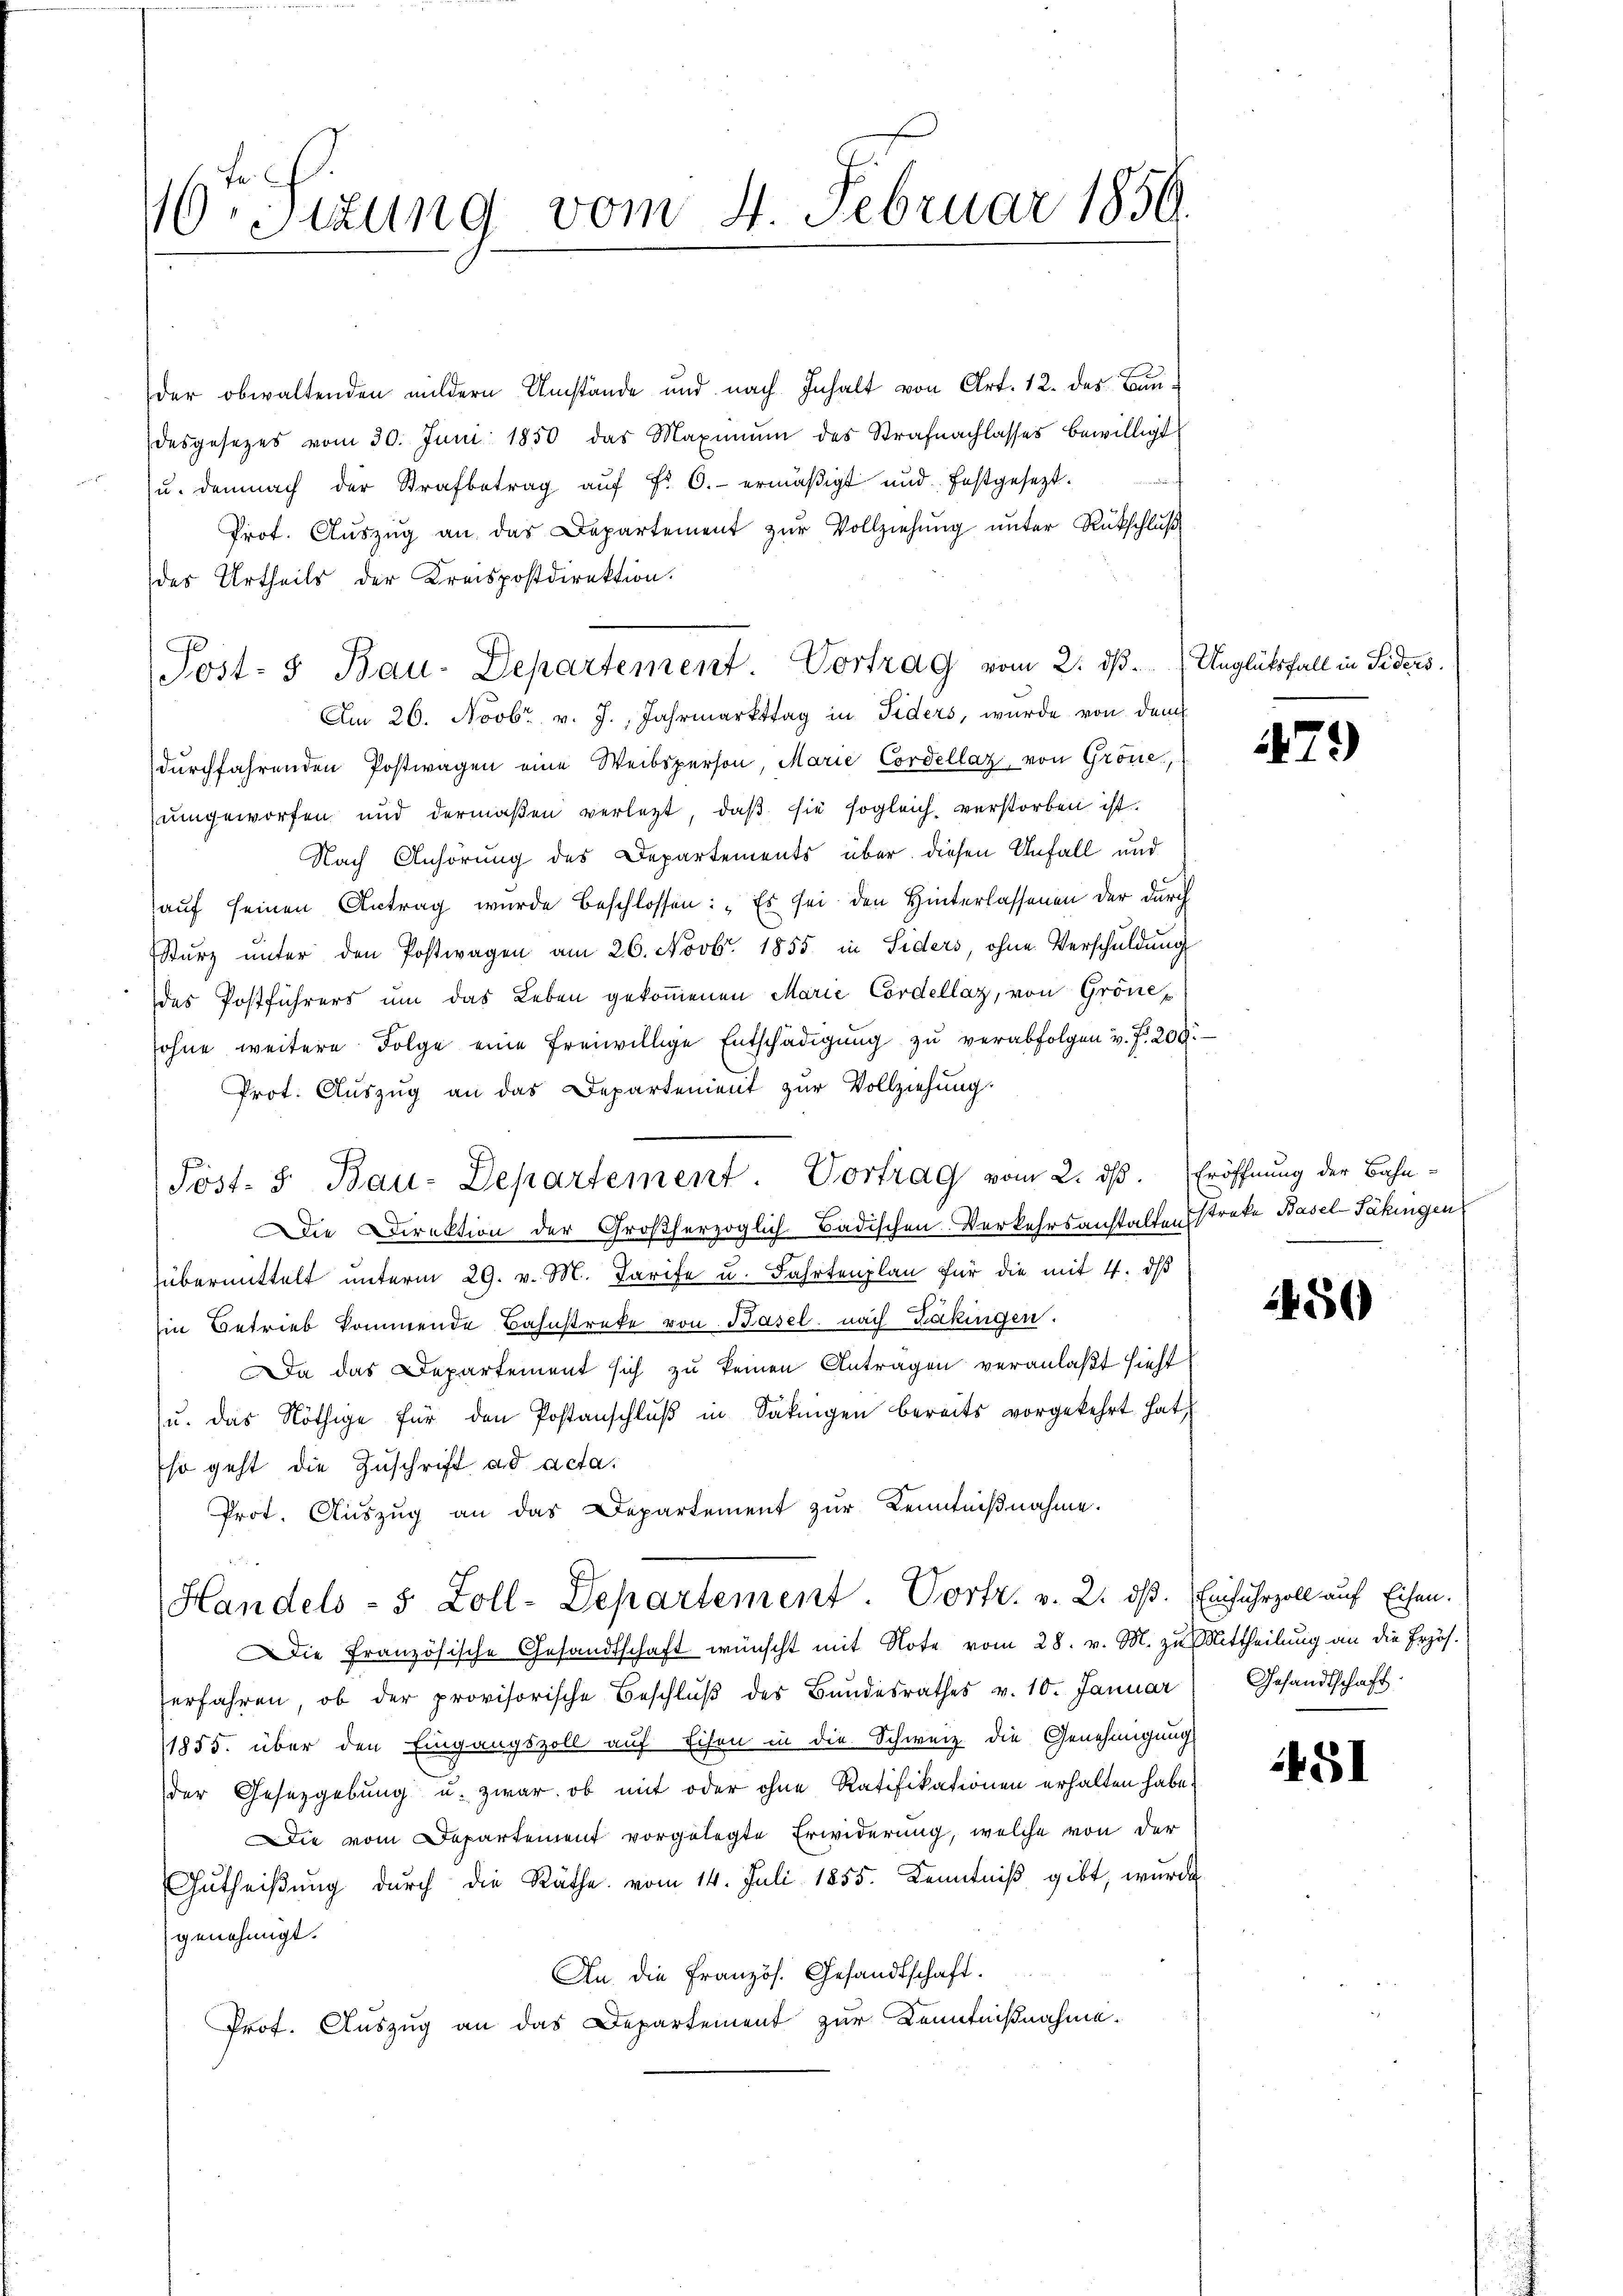
10. Sizung vom 4. Februar 1859.

der obwaltenden mildern Umstände und nach Inhalt von Art. 12. des Baudesgesetzes vom 30. Juni 1850 das Maximŭm des Strafnachlasses bewilligt
u. demnach der Strafbetrag aŭf Fr. 6.- ermäβigt und festgesezt.
Prot. Aŭszŭg an das Departement zŭr Vollziehung unter Rückschluß
des Urtheils der Kreispostdirektion.
Am 26. Novbr. v. J., Jahrmarkttag in Fiders, wurde von dem
durchfahrenden Postwagen eine Weibsperson, Marie Cordellaz von Gröne,
umgeworfen und dermaßen verlegt, daβ sie sogleich verstorben ist.
Nach Anhörung des Departements über diesen Unfall und
auf seinen Antrag wurde beschlossen: „Es sei den Hinterlassenen der durch
Stŭrz ŭnter den Postwagen am 26. Novbr. 1855 in Siders, ohne Verschŭldŭng
des Postführers um das Leben gekommenen Marie Cordellaz, von Gröne p
sohne weitere Folge eine freiwillige Entschädigŭng zŭ verabfolgen v. J. 200.
Prot. Auszug an das Departenient zur Vollziehung.
Die Direktion der Großherzoglich-Badischen Verkehrsanstalten Streke Basel-Säkingen
übermittelt unterm 29. v. M. Tarife u. Fahrtenplan für die mit 4. dβ
Ein Betrieb kommende Bahnstreke von Basel nach Zäkingen.
Da das Departement sich zu keinen Antragen veranlaßt sieht
Zu. das Nöthige für den Postanschlŭβ in Sakrigen bereits vorgekehrt hat,
so geht die Zuschrift ad acta.
Prot. Aŭszŭg an das Departement zŭr Kenntniβnahme.
Handels- 5 Zoll-Departement. Vortr. v. 2. ds. Einfuhrzoll auf Eisen.
Die Französische Gesandtschaft wünscht mit Note vom 28. v. M. zu Mittheilung an die Erzöh-
erfahren, ob der provisorische Beschlŭβ des Bŭndesrathes v. 10. Januar Gesandtschaft
/1855. über den Eingangszoll auf Eisen in die Schweiz die Genehmigung
der Gesetzgebung u. zwar, ob mit oder ohne Ratifikationen erhalten habe.
Die vom Departement vorgelegte Erwiderung, welche von der
Gŭtheiβŭng dŭrch die Räthe vom 14. Juli 1855. Kenntniβ gibt, wurde
genehmigt.
An die Französ. Gesandtschaft.
Prof. Auszug an das Departement zur Kenntnißnahme.

Post- & Bau-Departement. Vortrag vom 2. ds. Unglütsfall in Siders

Post- & Bau-Departement. Vortrag vom 2. dß. Eröffnung der Bahn-

79)

450

451